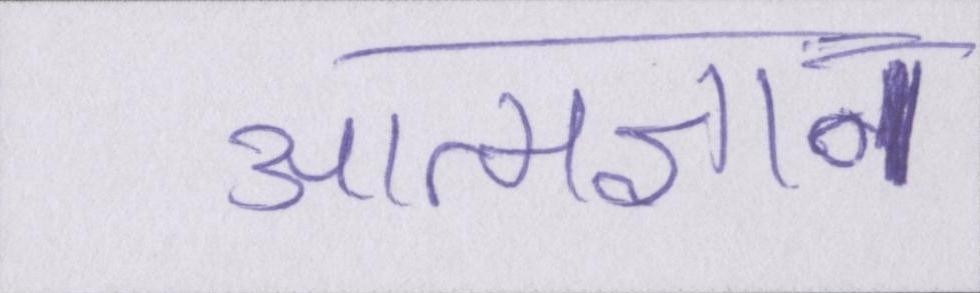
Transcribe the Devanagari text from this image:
आत्मज्ञान